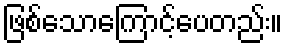
ဖြစ်သောကြောင့်ပေတည်း။